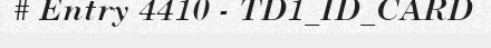
# Entry 4410 - TD1_ID_CARD